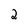
Character: 2